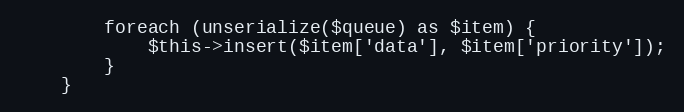
Language: PHP
        foreach (unserialize($queue) as $item) {
            $this->insert($item['data'], $item['priority']);
        }
    }